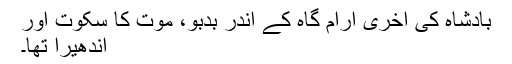
بادشاہ کی آخری آرام گاہ کے اندر بَدبْو، موت کا سکوت اور
اندھیرا تھا۔